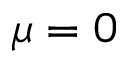
\mu = 0